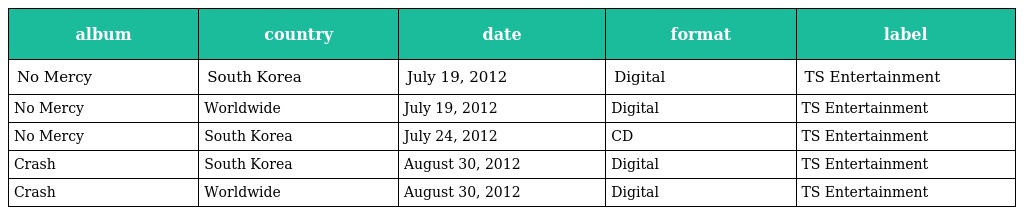
| album | country | date | format | label |
 | --- | --- | --- | --- | --- |
 | No Mercy | South Korea | July 19, 2012 | Digital | TS Entertainment |
 | No Mercy | Worldwide | July 19, 2012 | Digital | TS Entertainment |
 | No Mercy | South Korea | July 24, 2012 | CD | TS Entertainment |
 | Crash | South Korea | August 30, 2012 | Digital | TS Entertainment |
 | Crash | Worldwide | August 30, 2012 | Digital | TS Entertainment |